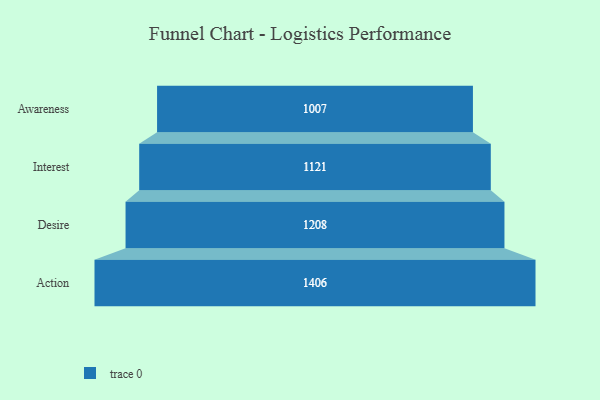
{"axis": {"x": "Stage", "y": "Value"}, "legend": [""], "data": [{"x": "Awareness", "y": 1007.0, "type": ""}, {"x": "Interest", "y": 1121.0, "type": ""}, {"x": "Desire", "y": 1208.0, "type": ""}, {"x": "Action", "y": 1406.0, "type": ""}]}